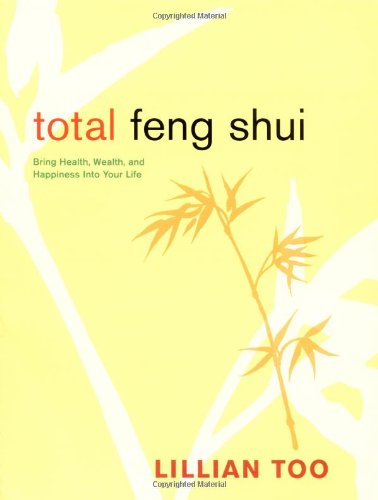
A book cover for Total Feng Shui: Bring Health, Wealth, and Happiness into Your Life; Lillian Too; Religion & Spirituality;